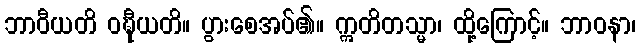
ဘာဝီယတိ ဝဍ္ဎီယတိ။ ပွားစေအပ်၏။ ဣတိတသ္မာ၊ ထို့ကြောင့်။ ဘာဝနာ၊